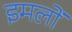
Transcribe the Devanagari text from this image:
इमलों